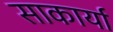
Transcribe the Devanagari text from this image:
साकार्या